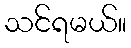
သင်ရမယ်။